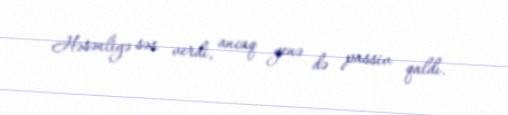
Həsənliyə səs verdi, ancaq yenə də passiv qaldı.